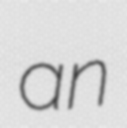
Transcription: an